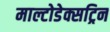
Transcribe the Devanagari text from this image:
माल्टोडेक्सट्रिन